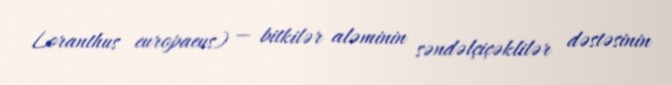
Loranthus europaeus) — bitkilər aləminin səndəlçiçəklilər dəstəsinin